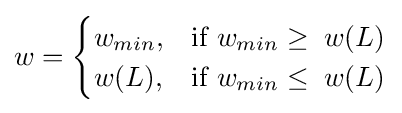
w={\begin{cases}w_{min},&{\mbox{if }}w_{min}\geq \;w(L)\\w(L),&{\mbox{if }}w_{min}\leq \;w(L)\end{cases}}\,\!